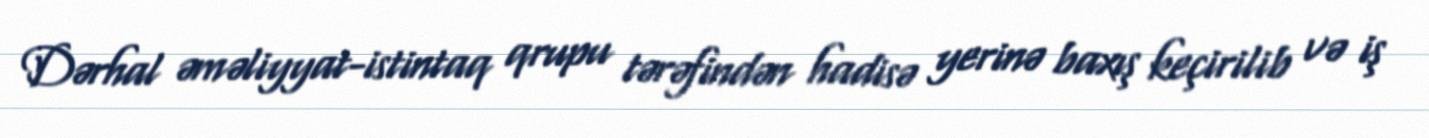
Dərhal əməliyyat-istintaq qrupu tərəfindən hadisə yerinə baxış keçirilib və iş